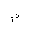
Letter: _mim